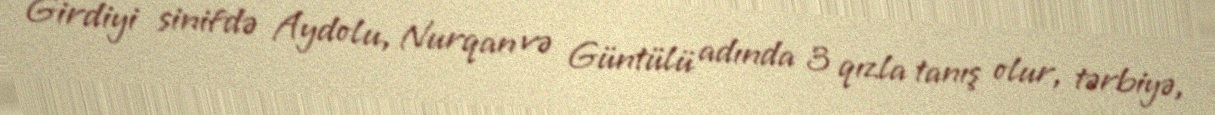
Girdiyi sinifdə Aydolu, Nurqan və Güntülü adında 3 qızla tanış olur, tərbiyə,